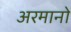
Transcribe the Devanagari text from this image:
अरमानो